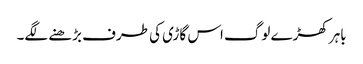
باہر کھڑے لوگ اس گاڑی کی طرف بڑھنے لگے۔